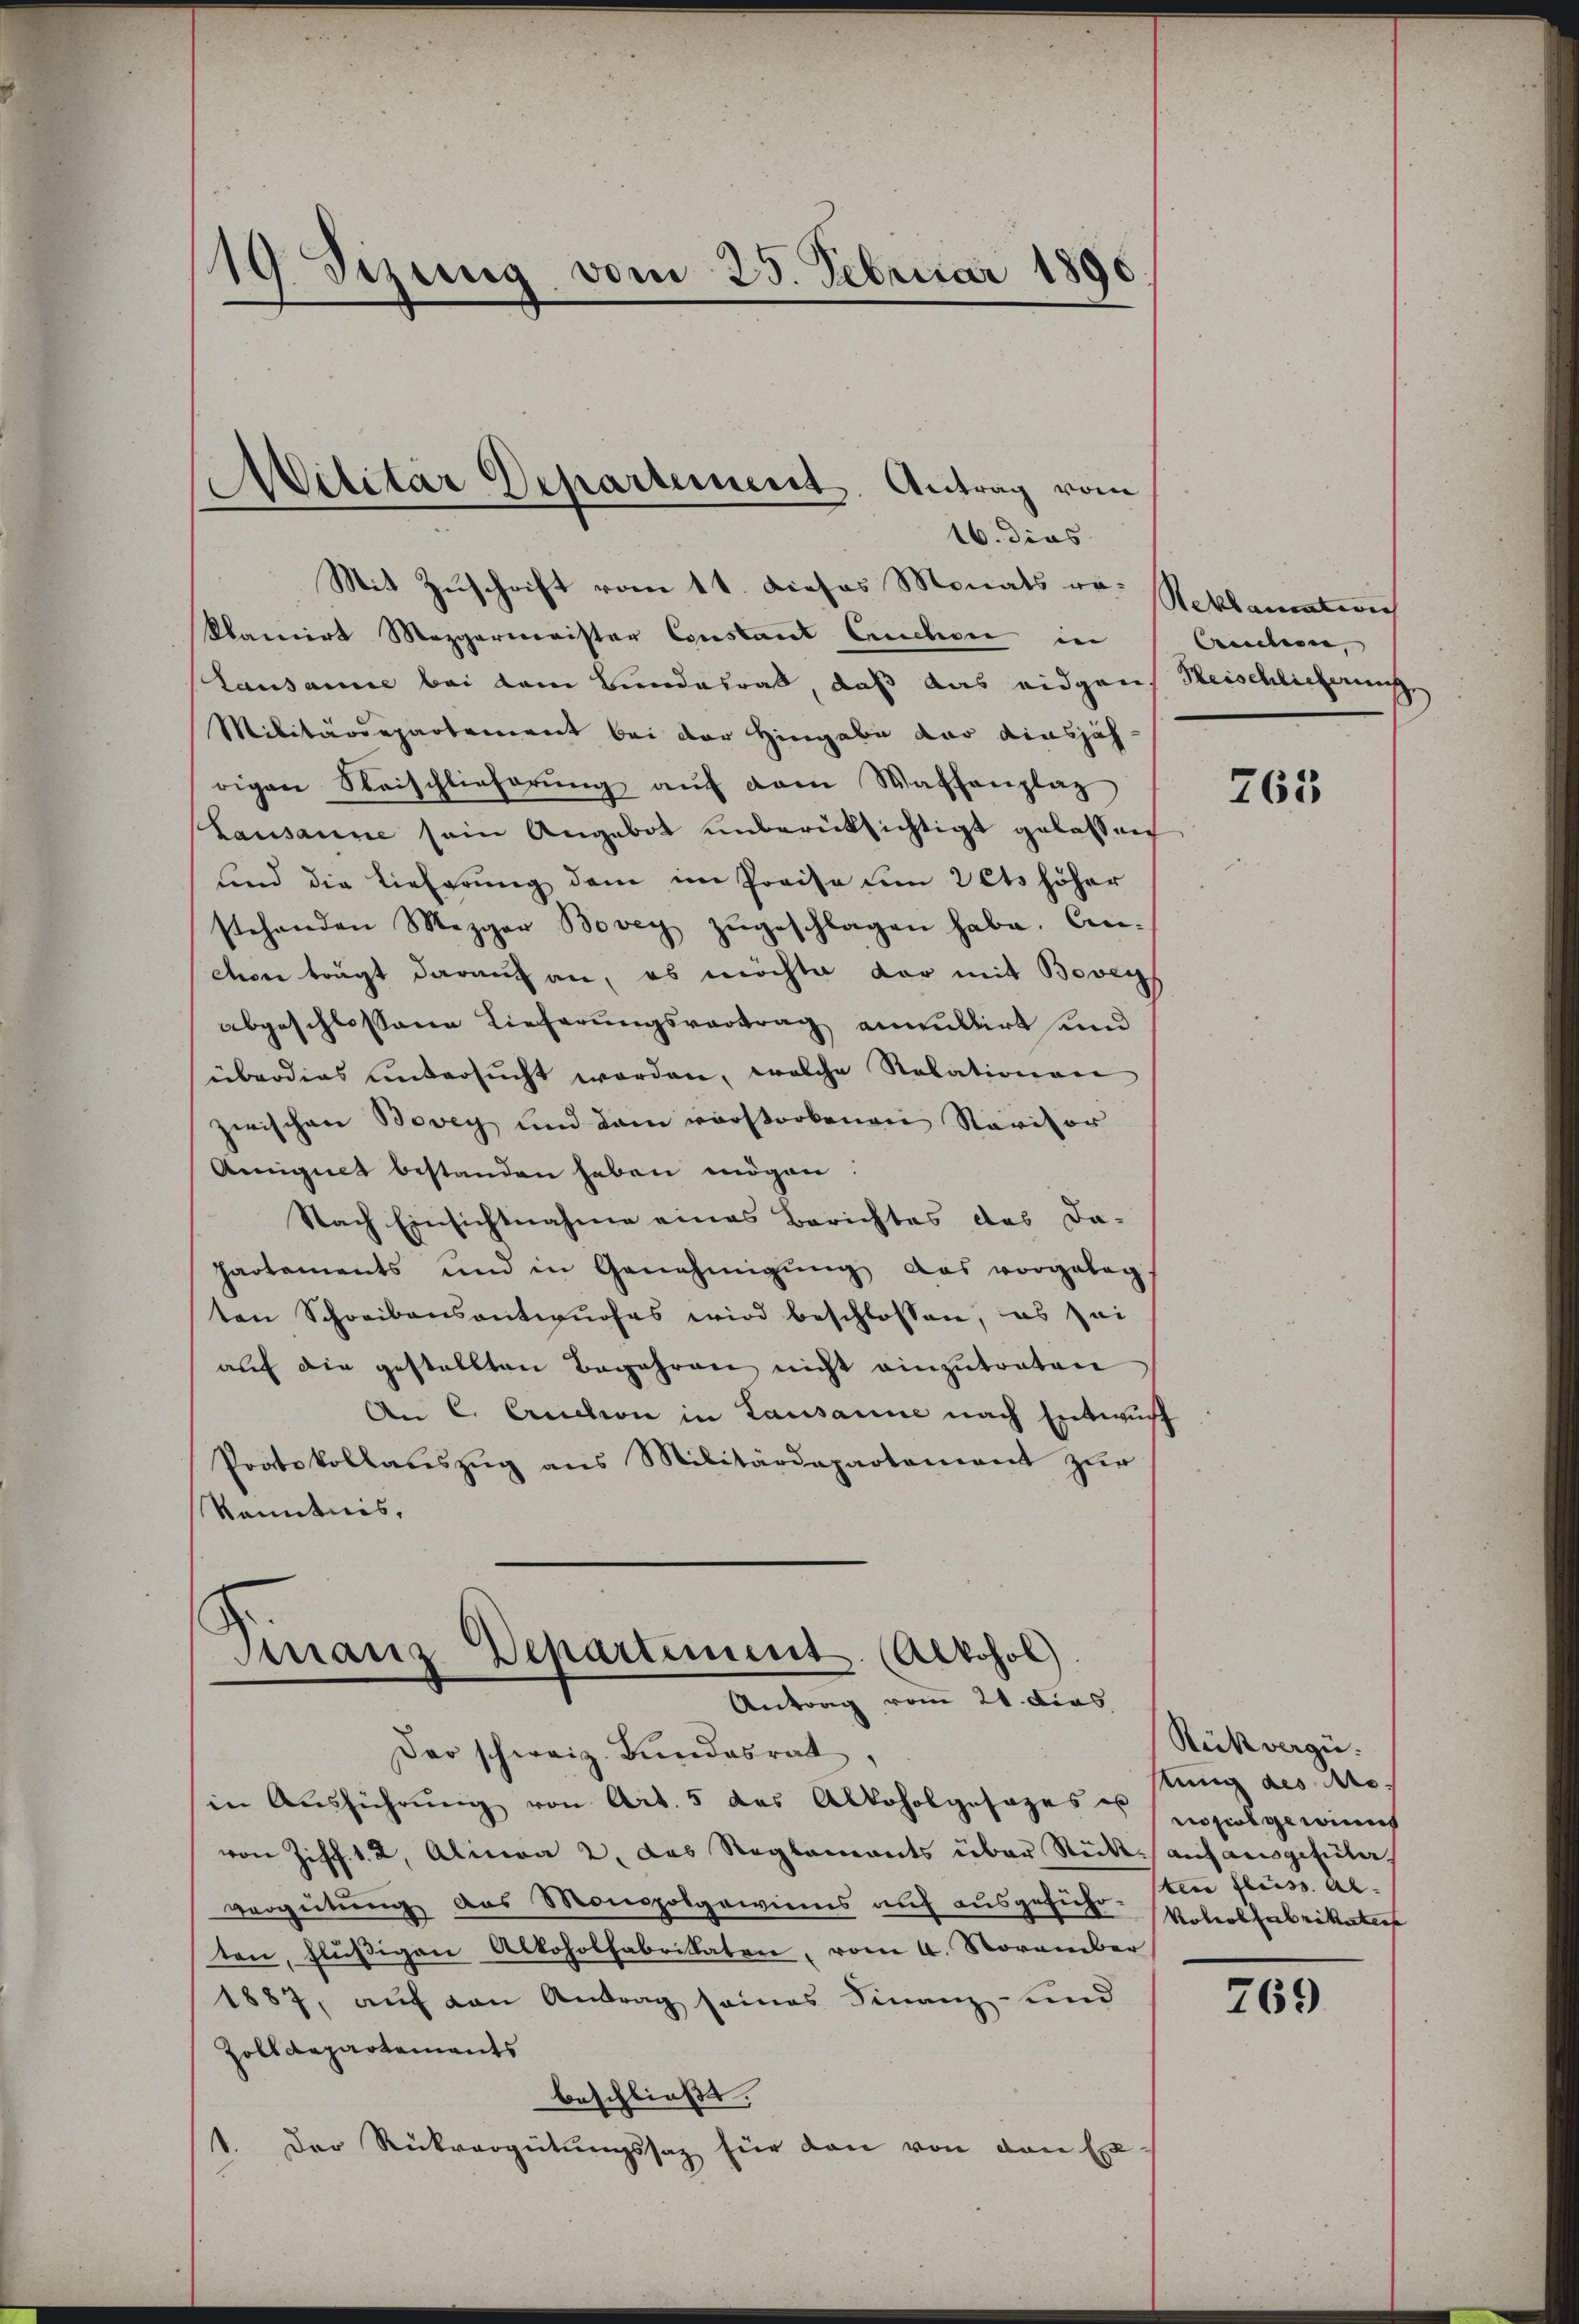
19 Sizung vom 25. Februar 1890

Mit Zuschrift vom 11. Dieses Monats vo. Reklamati
klamirt Mezgermeister Constant Erschon in
Lausanne bei dem Bundesrat, daß das eidgans Heischlicherung
Militärdepartement bei der Hingabe der diesjäh
rigen Reischlieferŭng aŭf dem Waffenplaz
Lausanne sein Angebot unberücksichtigt gelassen
sind die Lieferung dem im Preise um Vets höher
stehenden Mezger Bovey zŭgeschlagen habe. An-
deser trägt darauf an, es möchte der mit Bovey
abgeschlossene Lieferungsvortrag annullirt sind
überdies untersŭcht worden, welche Relationen
zwischen Bovey und dem vorstorbenen Navisor
Aignet bestanden haben mögen
Nach Einsichtnahme eines Berichtes des Da-
partements und in Genehmigŭng das vorgelegt
ten Schreibensantwurfes wird beschlossen, es sei
aŭf die gestellten Begehren nicht einzŭtraten
An C. Cruction in Lausanne nach Entwurf
Protokollaŭszŭg ans Militärdepartement zŭr
kenntnis,

Militar Departement. Antrag vom
16. dies

Finanz Departement. (Alkohol
Antrag vom 21. dies

Der schweiz. Bŭndesrat,
in Ausführung von Art. 5 des Alkoholgesages sozialgewinnt
von Ziff. 1. 2. Alinea 2. das Reglements über Stück auf ausgefüler,
vergütung das Monopolgewies auf ausgesuche Vololfabrikatio
ten, flüßigen Alkoholfabrikaten, vom 4. November
1887, auf den Antrag seines Finanz- und
Zolldepartements
beschließt.
1. Der Rückvergütŭngssaz für den von den Exe-

Crection,

763

Rückvergi.
stung des Ao.
ten Fluss. Al.

769